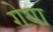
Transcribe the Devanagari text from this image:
गेया